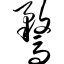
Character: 骛